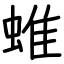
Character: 蜼